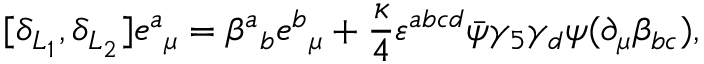
[ \delta _ { L _ { 1 } } , \delta _ { L _ { 2 } } ] e { ^ a } _ { \mu } = \beta { ^ a } _ { b } e { ^ b } _ { \mu } + { \frac { \kappa } { 4 } } \varepsilon ^ { a b c d } \bar { \psi } \gamma _ { 5 } \gamma _ { d } \psi ( \partial _ { \mu } \beta _ { b c } ) ,